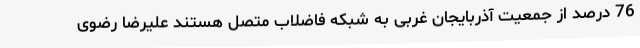
76 درصد از جمعیت آذربایجان غربی به شبکه فاضلاب متصل هستند علیرضا رضوی